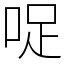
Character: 哫